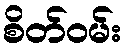
စိတ်ဝမ်း